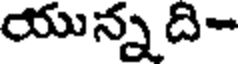
యున్న ది-